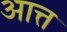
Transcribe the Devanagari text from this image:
आत्त